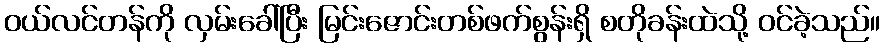
ဝယ်လင်တန်ကို လှမ်းခေါ်ပြီး မြင်းဇောင်းတစ်ဖက်စွန်းရှိ စတိုခန်းထဲသို့ ဝင်ခဲ့သည်။